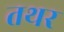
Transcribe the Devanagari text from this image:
तथर